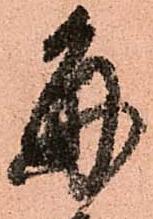
毎